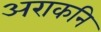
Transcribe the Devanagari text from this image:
अराकनि